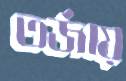
তর্জায়